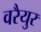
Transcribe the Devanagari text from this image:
वरैयुर